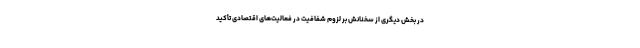
در بخش دیگری از سخنانش بر لزوم شفافیت در فعالیت‌های اقتصادی تأکید